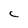
Character: C